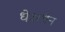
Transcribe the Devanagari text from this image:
धेअथैन